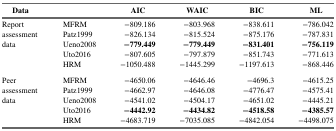
<table><thead><tr><td><b>Data</b></td><td></td><td><b>AIC</b></td><td><b>WAIC</b></td><td><b>BIC</b></td><td><b>ML</b></td></tr></thead><tbody><tr><td rowspan="5">Report assessment data</td><td>MFRM</td><td>−809.186</td><td>−803.968</td><td>−838.611</td><td>−786.042</td></tr><tr><td>Patz1999</td><td>−826.134</td><td>−815.524</td><td>−875.176</td><td>−787.831</td></tr><tr><td>Ueno2008</td><td><b>−</b><b>779.449</b></td><td><b>−</b><b>779.449</b></td><td><b>−</b><b>831.401</b></td><td><b>−</b><b>756.119</b></td></tr><tr><td>Uto2016</td><td>−807.605</td><td>−797.879</td><td>−851.743</td><td>−771.613</td></tr><tr><td>HRM</td><td>−1050.488</td><td>−1445.299</td><td>−1197.613</td><td>−868.446</td></tr><tr><td colspan="6">  </td></tr><tr><td rowspan="5">Peer assessment data</td><td>MFRM</td><td>−4650.06</td><td>−4646.46</td><td>−4696.3</td><td>−4615.25</td></tr><tr><td>Patz1999</td><td>−4662.97</td><td>−4646.08</td><td>−4776.47</td><td>−4575.41</td></tr><tr><td>Ueno2008</td><td>−4541.02</td><td>−4504.17</td><td>−4651.02</td><td>−4445.21</td></tr><tr><td>Uto2016</td><td><b>−</b><b>4442.92</b></td><td><b>−</b><b>4434.82</b></td><td><b>−</b><b>4518.58</b></td><td><b>−</b><b>4385.57</b></td></tr><tr><td>HRM</td><td>−4683.719</td><td>−7035.085</td><td>−4842.054</td><td>−4498.075</td></tr></tbody></table>